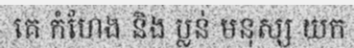
គេ កំហែង និង ប្លន់ មនុស្ស យក